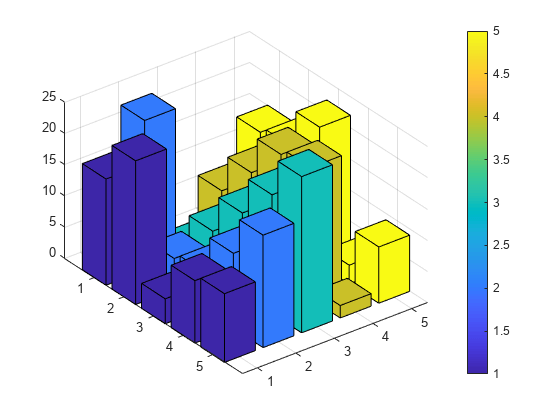
matlab, bar3, colorbar